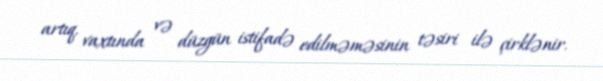
artıq, vaxtında və düzgün istifadə edilməməsinin təsiri ilə çirklənir.